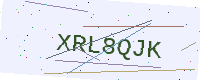
Text: XRL8QJK